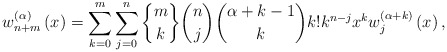
\begin{align*}w_{n+m}^{\left( \alpha\right) }\left( x\right) =\sum_{k=0}^{m}\sum_{j=0}^{n}\genfrac{\{}{\}}{0pt}{}{m}{k}\binom{n}{j}\binom{\alpha+k-1}{k}k!k^{n-j}x^{k}w_{j}^{\left( \alpha+k\right)}\left( x\right) , \end{align*}